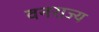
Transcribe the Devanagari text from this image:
वनराज्य